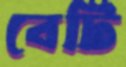
বেটি